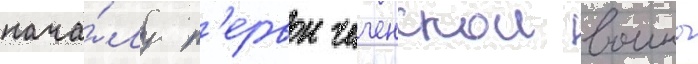
нача́лу п'ервои чеченскои воины